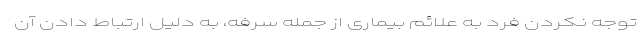
توجه نکردن فرد به علائم بیماری از جمله سرفه، به دلیل ارتباط دادن آن